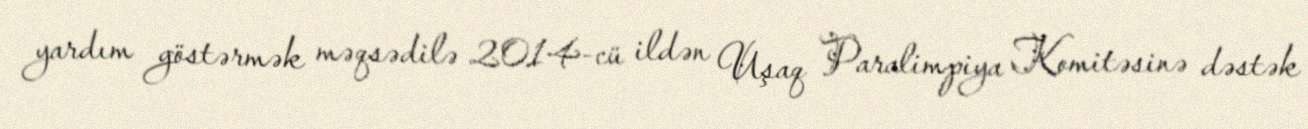
yardım göstərmək məqsədilə 2014-cü ildən Uşaq Paralimpiya Komitəsinə dəstək